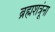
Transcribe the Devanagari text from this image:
ब्रह्मशत्रूंना